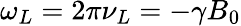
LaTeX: \omega_{L}=2\pi\nu_{L}=-\gamma B_{0}